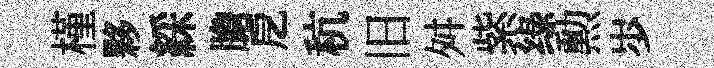
槿夥綵膽戹秔旧舛紫绿勲𡵯